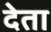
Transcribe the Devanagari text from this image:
देेता